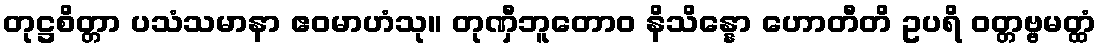
တုဋ္ဌစိတ္တာ ပသံသမာနာ ဧဝမာဟံသု။ တုဏှီဘူတောဝ နိသိန္နော ဟောတီတိ ဥပရိ ဝတ္တဗ္ဗမတ္ထံ